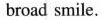
broad smile.